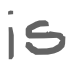
Text: is
Cross-out: clean
Writing tool: digital_gray